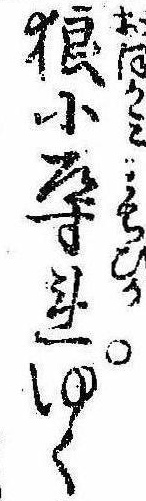
狼に導れゆく